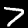
Digit: 7